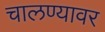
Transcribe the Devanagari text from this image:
चालण्यावर